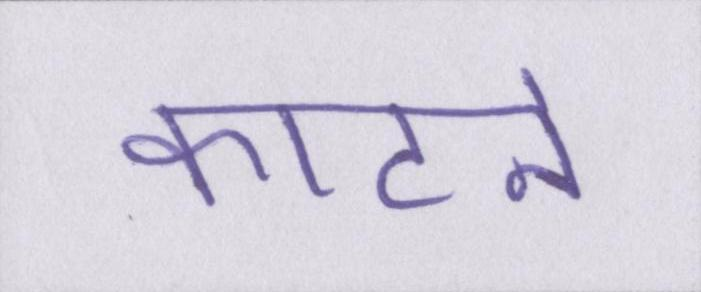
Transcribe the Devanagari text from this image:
काटने